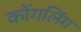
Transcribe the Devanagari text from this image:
कोंगलिंग